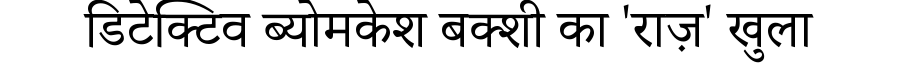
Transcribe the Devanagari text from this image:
डिटेक्टिव ब्योमकेश बक्शी का 'राज़' खुला